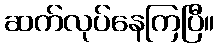
ဆက်လုပ်နေကြပြီ။